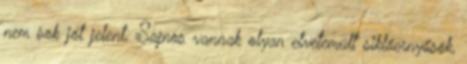
nem sok jót jelent. Sajnos vannak olyan elvetemült siklóernyősök,